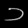
Digit: ၁